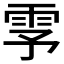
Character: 𬯺